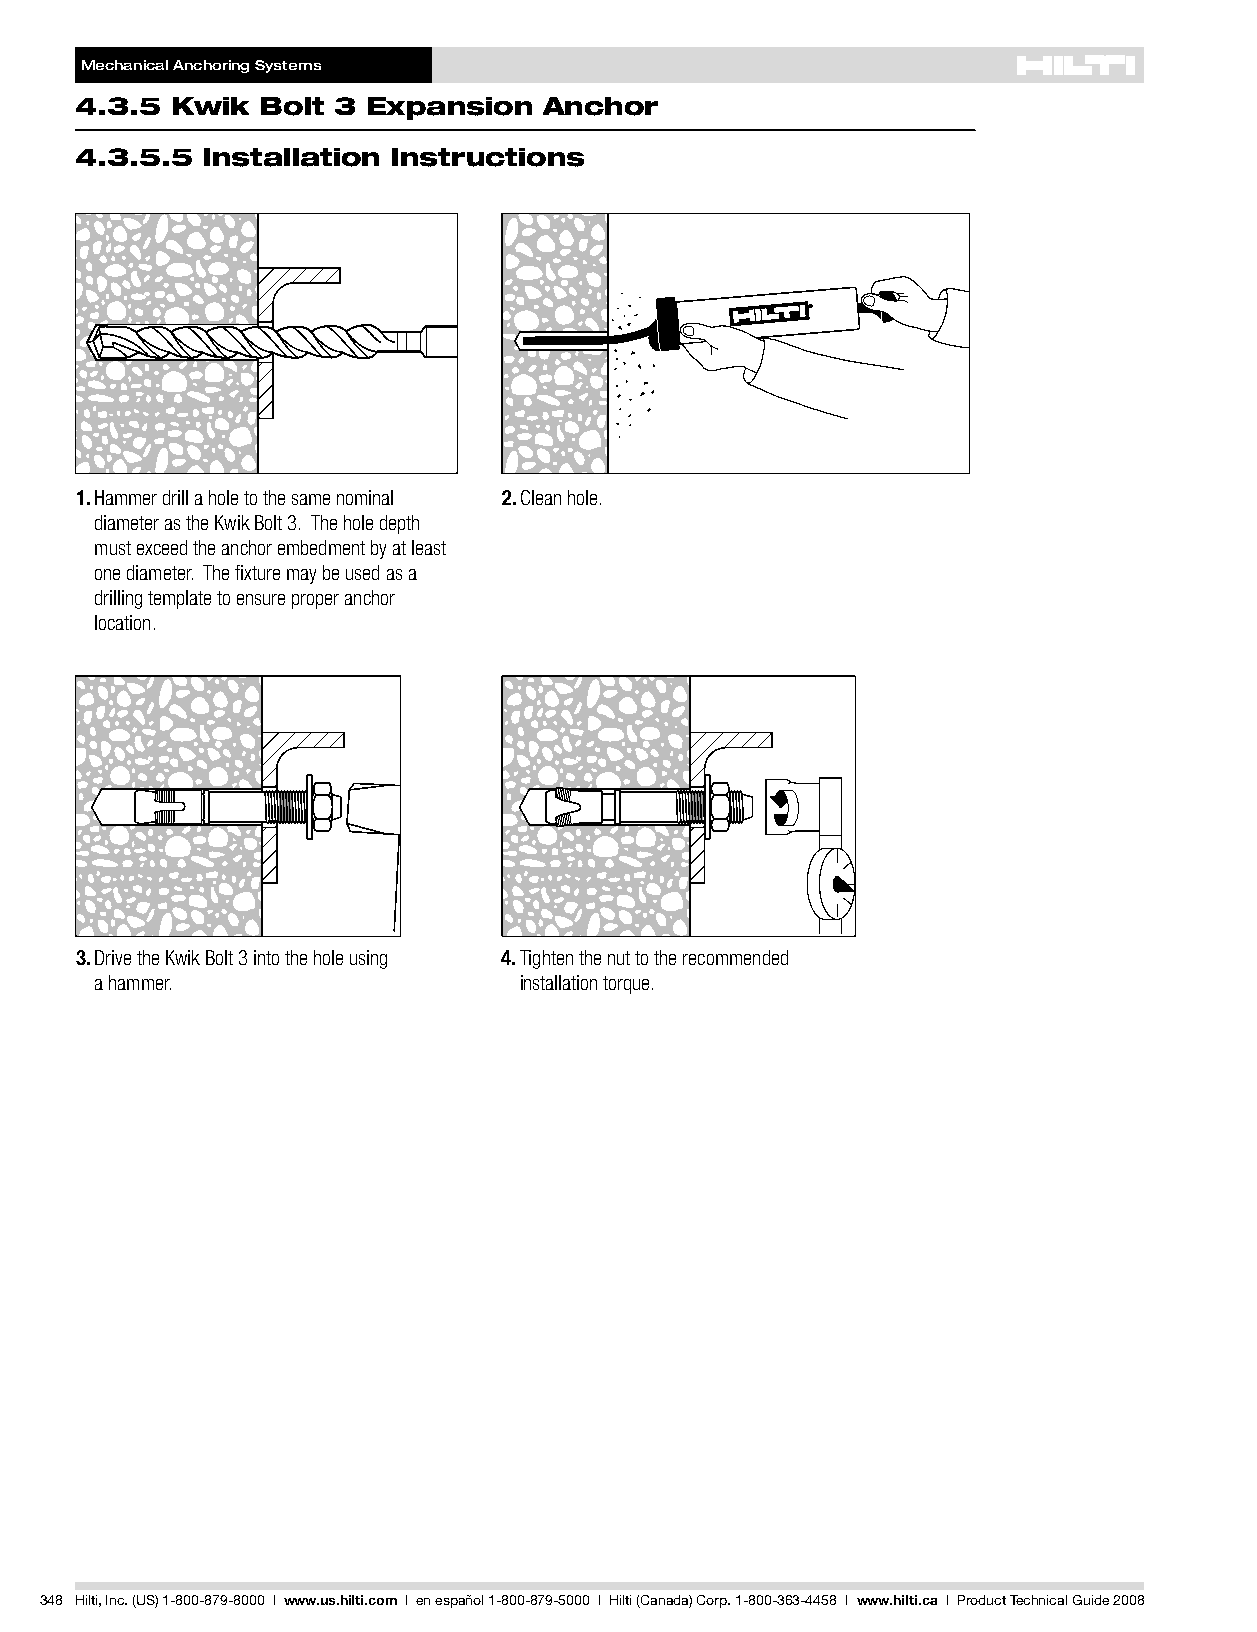
MechanicalAnchoringSystems
 4.3.5 Kwik  Bolt 3 Expansion   Anchor
 4.3.5.5 Installation Instructions
 1.Hammer drill a hole to the same nominal 2.Clean hole.
 diameter as the Kwik Bolt 3. The hole depth
 must exceed the anchor embedment by at least
 one diameter. The fixture may be used as a
 drilling template to ensure proper anchor
 location.
 3.Drive the Kwik Bolt 3 into the hole using 4.Tighten the nut to the recommended
 a hammer.                   installation torque.
 348 Hilti,Inc.(US)1-800-879-8000 | www.us.hilti.com I enespañol1-800-879-5000 I Hilti(Canada)Corp.1-800-363-4458 I www.hilti.ca I ProductTechnicalGuide2008